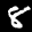
Label: 8